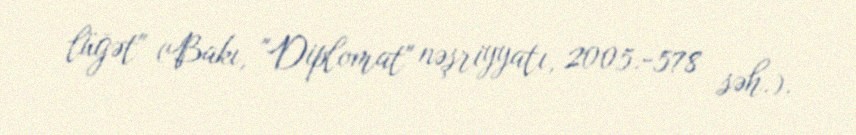
lüğət" (Bakı, "Diplomat" nəşriyyatı, 2005.-578 səh.).